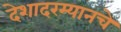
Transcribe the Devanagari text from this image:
देशादरम्यानचे